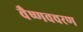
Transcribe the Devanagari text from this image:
वैष्णवचरण